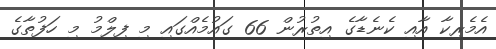
އެމެރިކާ އާއި ކެނެޑާގެ އިތުރުން 66 ގައުމެއްގައި މި ފިލްމު މި ހަފުތާގެ